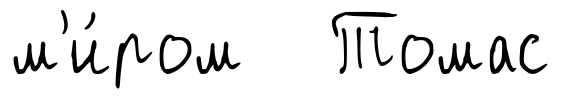
м'и́ром Томас